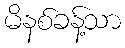
မိနစ်ခန့်သာ